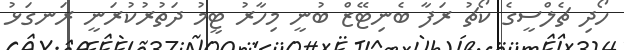
ހޯދި ޗެލްސީގެ ކޯޗު ރަފާ ބެނިޓޭޒް ބުނީ މިހާރު ޓީމު ދަތުރުކުރަނީ ރަނގަޅު